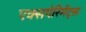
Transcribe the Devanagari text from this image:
एक्सपेरिमेंट्स